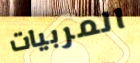
المربيات